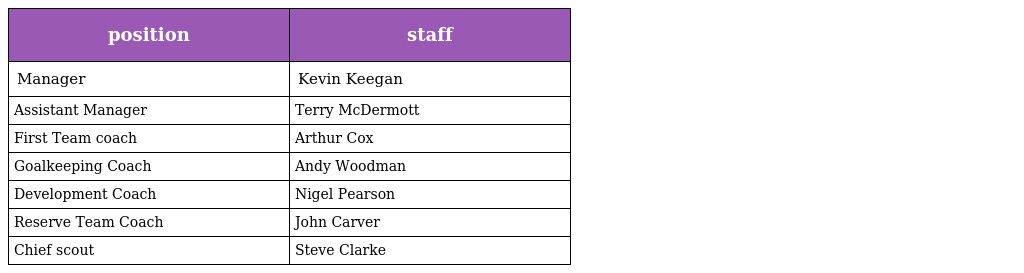
| position | staff |
 | --- | --- |
 | Manager | Kevin Keegan |
 | Assistant Manager | Terry McDermott |
 | First Team coach | Arthur Cox |
 | Goalkeeping Coach | Andy Woodman |
 | Development Coach | Nigel Pearson |
 | Reserve Team Coach | John Carver |
 | Chief scout | Steve Clarke |